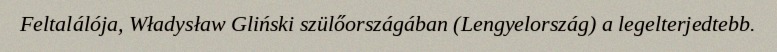
Feltalálója, Władysław Gliński szülőországában (Lengyelország) a legelterjedtebb.